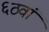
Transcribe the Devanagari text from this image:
६ठवां